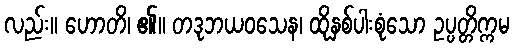
လည်း။ ဟောတိ၊ ၏။ တဒုဘယဝသေန၊ ထိုနှစ်ပါးစုံသော ဥပ္ပတ္တိက္ကမ